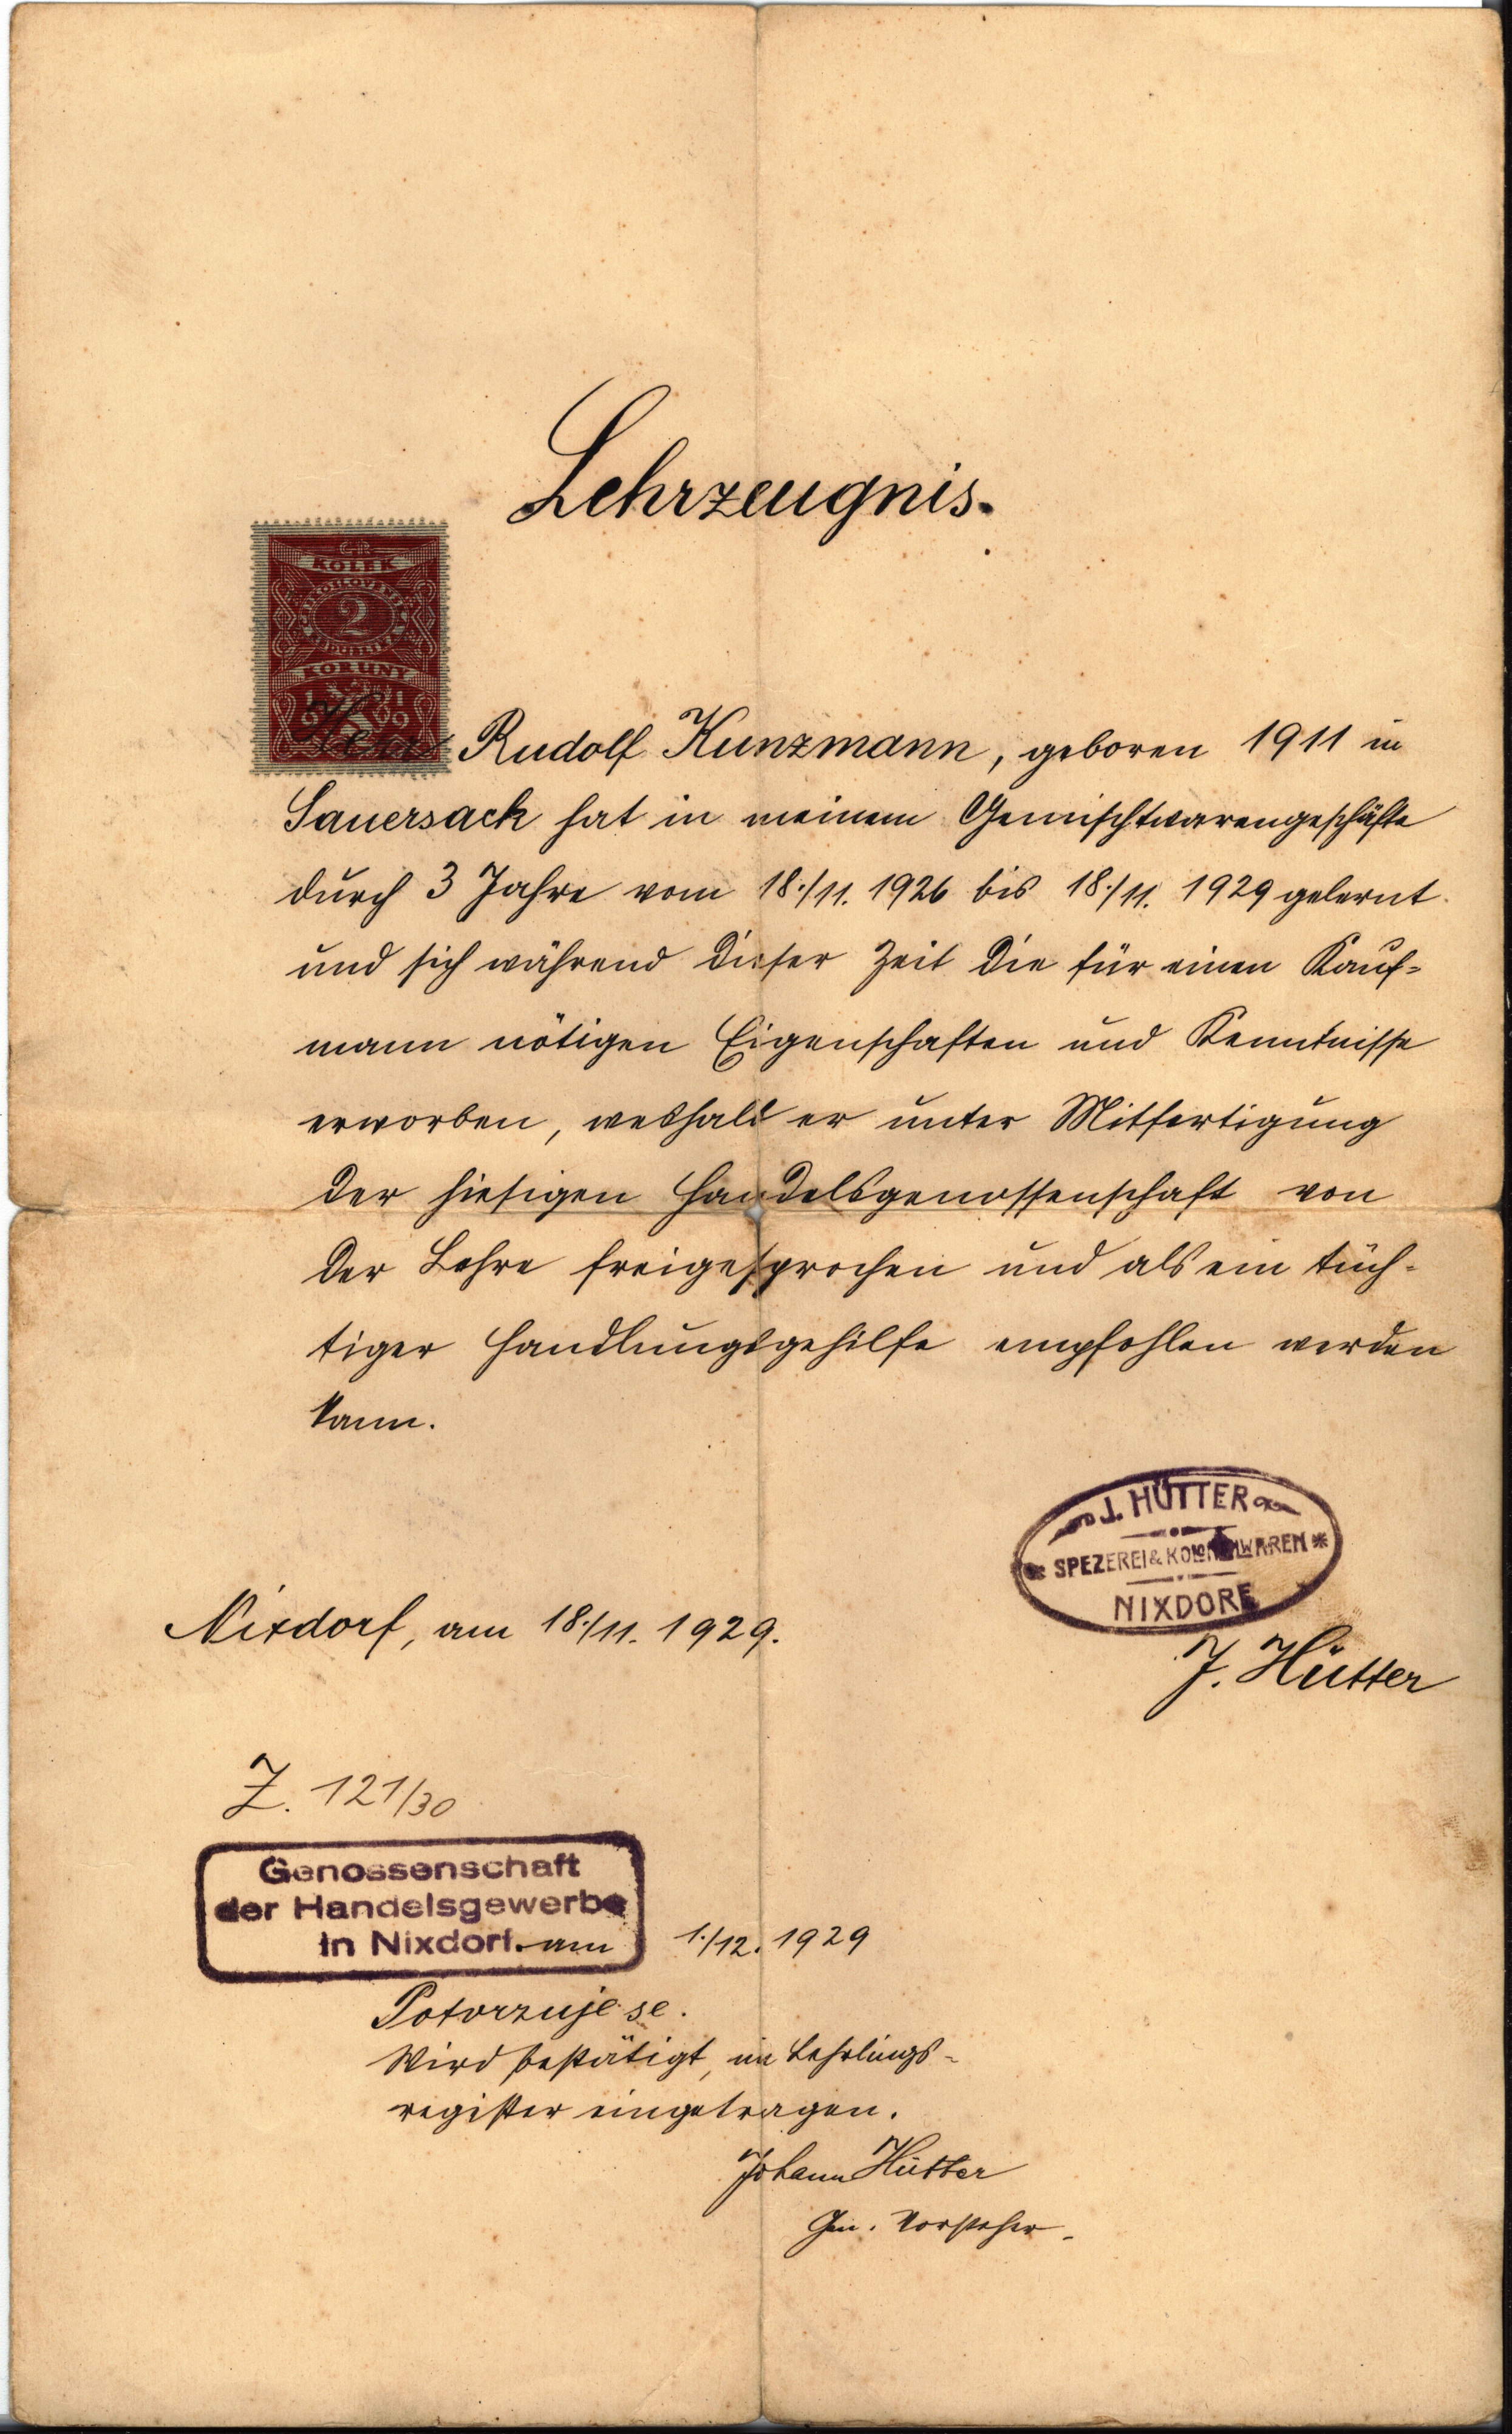
Lehrzeugnis.
Herr Rudolf Kunzmann, geboren 1911 in
Sauersack hat in meinem Gemischtwarengeschäfte
durch 3 Jahre vom 18./11. 1926 bis 18./11. 1929 gelernt
und sich während dieser Zeit die für einen Kauf¬
mann nötigen Eigenschaften und Kenntnissse
erworben, weshalb er unter Mitfertigung
Der hiesigen Handelsgenossenschaft von
der Lehre freigesprochen und als ein tüch¬
tiger Handlungsgehilfe empfohlen werden
kann.
Nixdorf, am 18./11. 1929
J. Hütter
Z. 121/30
am 1./12. 1929
Potvrzuje se.
Wird bestätigt, im Lehrlings¬
register eingetragen.
Johann Hütter
Gen. Vorsteher.